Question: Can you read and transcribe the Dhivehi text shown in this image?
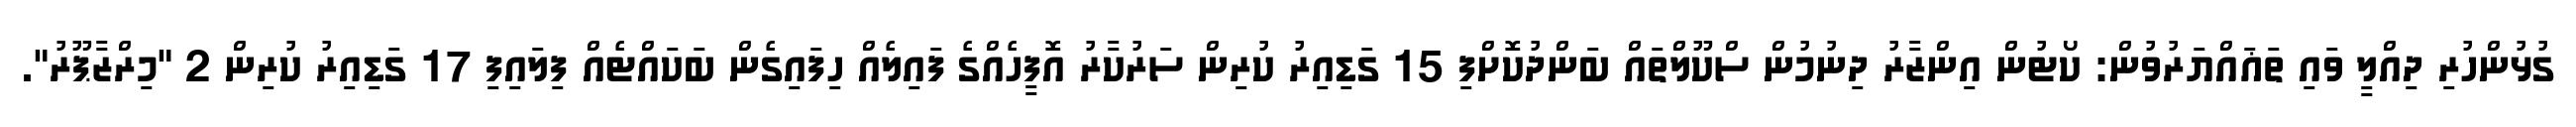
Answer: ގުޅުންހުރި ދިއްލީ ވައި ތަޣައްޔަރުވުން: ކޯޓުން އިންޒާރު ދިނުމުން ސްކޫލްތައް ބަންދުކޮށްފި 15 ގަޑިއިރު ކުރިން ސަރުކާރު އޮފީހެއްގެ ފައިލެއް ހިފައިގެން ބަކައްޓެއް ފިލައިފި 17 ގަޑިއިރު ކުރިން 2 "މިރްޒާޕޫރު".